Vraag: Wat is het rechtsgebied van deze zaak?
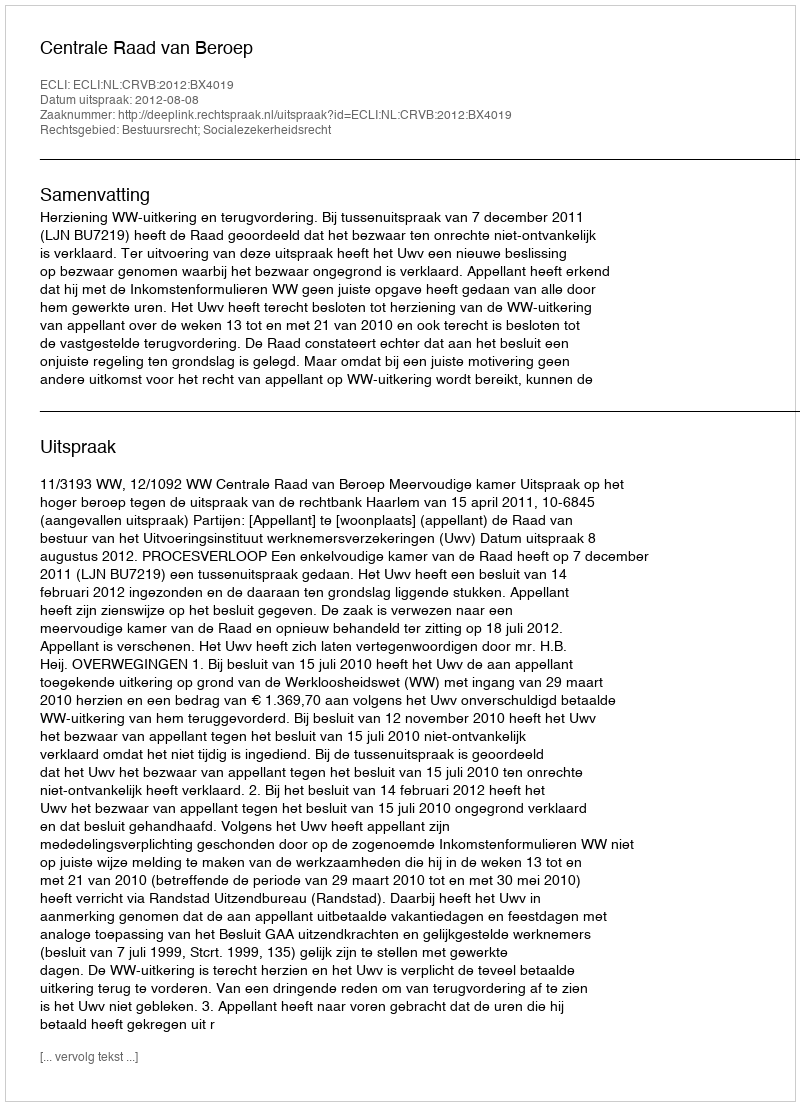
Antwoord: Bestuursrecht; Socialezekerheidsrecht